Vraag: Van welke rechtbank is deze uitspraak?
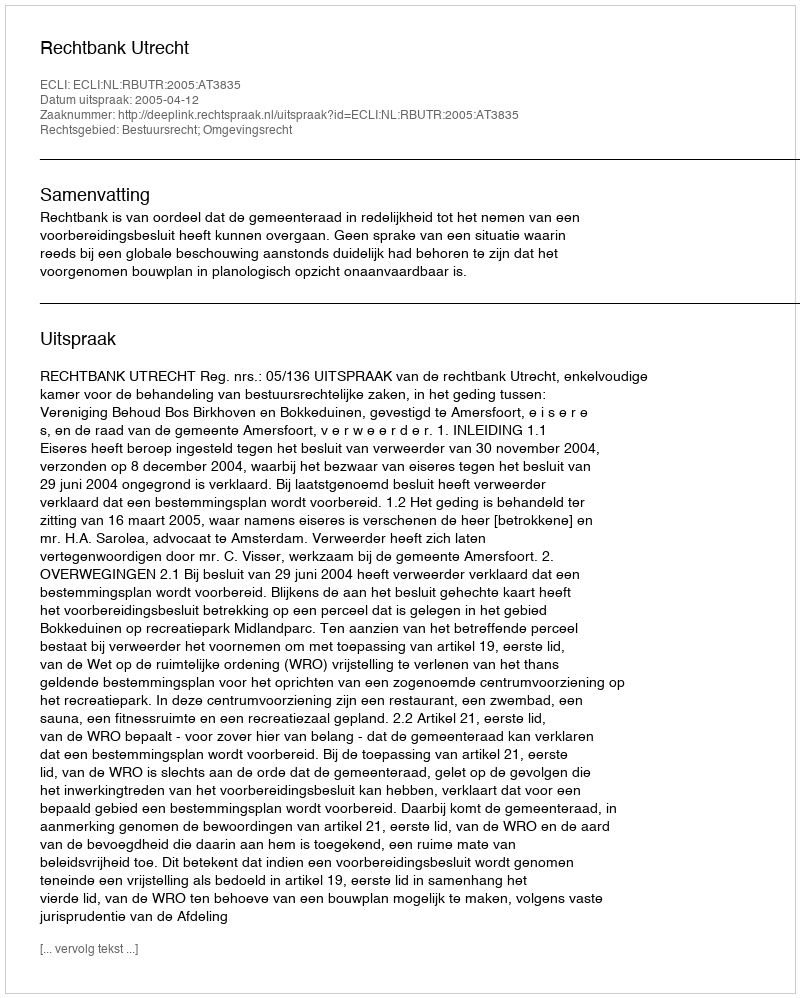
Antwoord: Rechtbank Utrecht